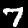
Label: 7